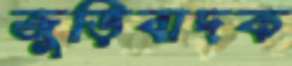
জুড়িবাদক